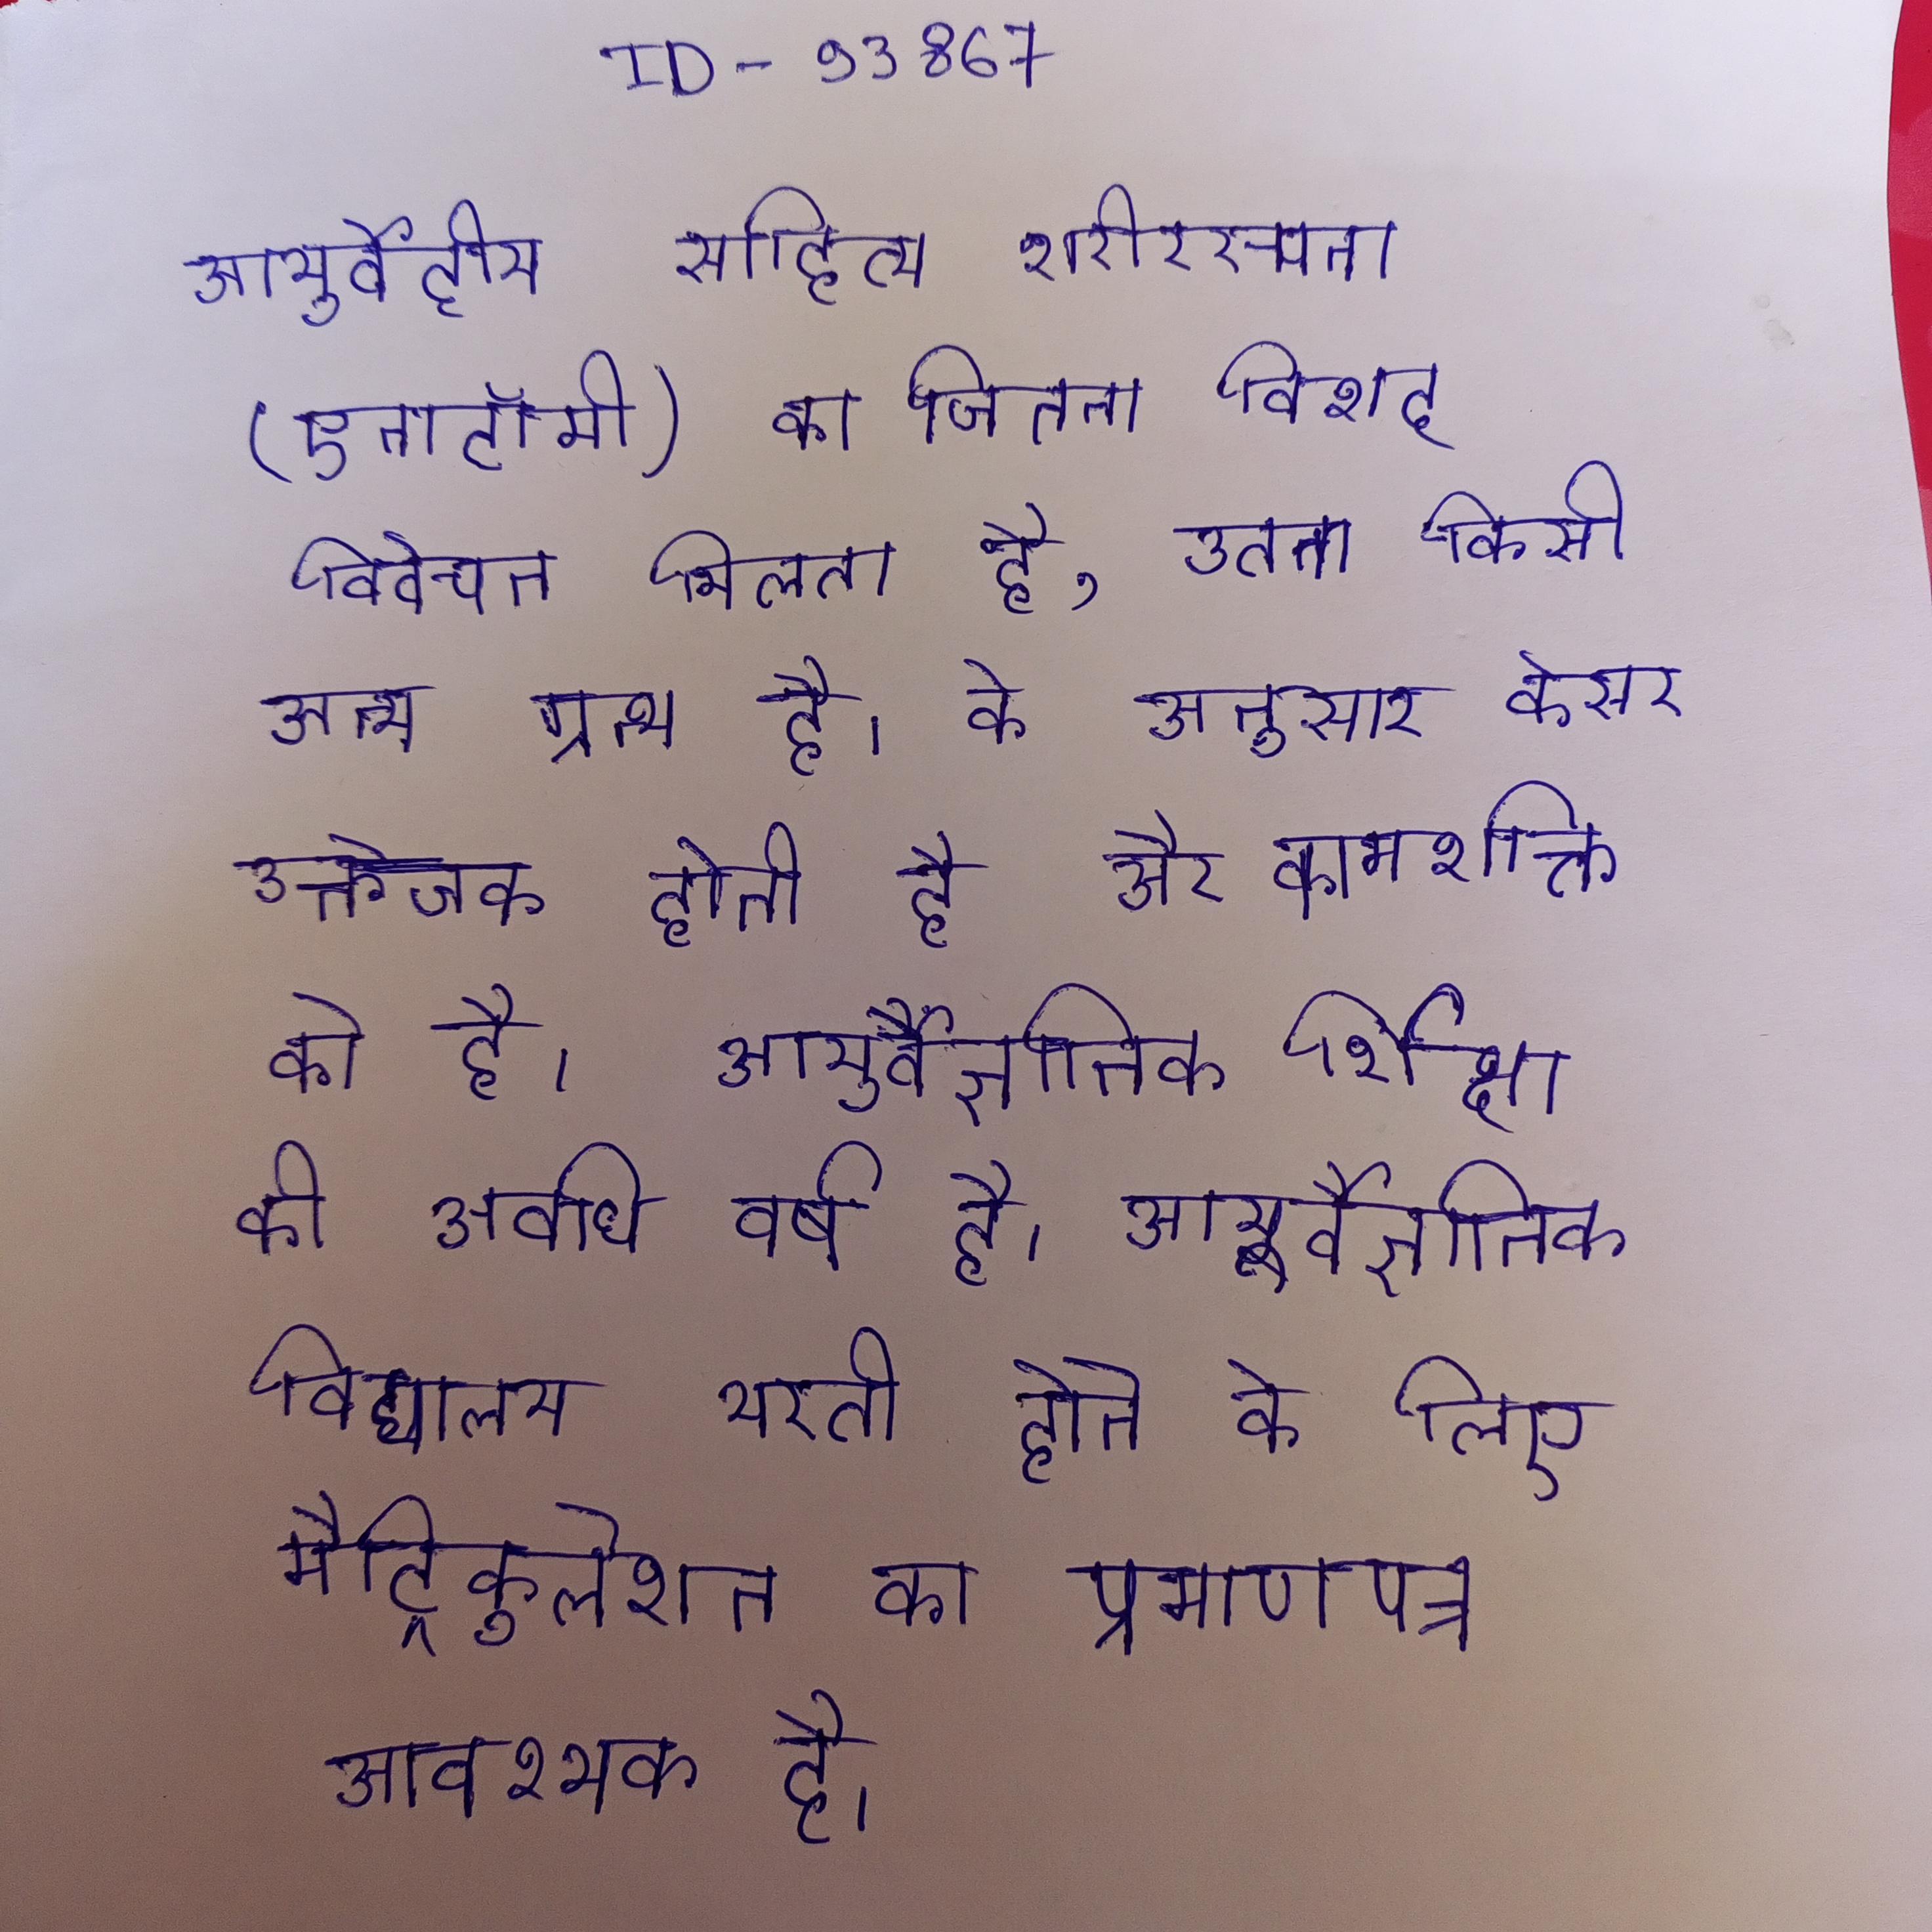
आयुर्वेदीय साहित्य शरीररचना (एनाटॉमी) का जितना विशद विवेचन मिलता है, उतना किसी अन्य ग्रन्थ है । के अनुसार केसर उत्तेजक होती है और कामशक्ति को है । आयुर्वैज्ञानिक र्शिक्षा की अवधि वर्ष है । आयुर्वैज्ञानिक विद्यालय भरती होने के लिए मैट्रिकुलेशन का प्रमाणपत्र आवश्यक है ।